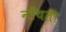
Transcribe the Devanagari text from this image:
नाँचती